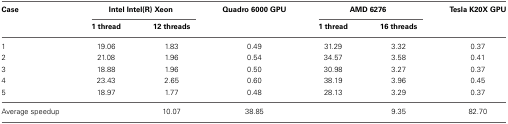
<table><thead><tr><td><b>Case</b></td><td colspan="2"><b>Intel Intel(R) Xeon</b></td><td><b>Quadro 6000 GPU</b></td><td colspan="2"><b>AMD 6276</b></td><td><b>Tesla K20X GPU</b></td></tr><tr><td></td><td><b>1 thread</b></td><td><b>12 threads</b></td><td></td><td><b>1 thread</b></td><td><b>16 threads</b></td><td></td></tr></thead><tbody><tr><td>1</td><td>19.06</td><td>1.83</td><td>0.49</td><td>31.29</td><td>3.32</td><td>0.37</td></tr><tr><td>2</td><td>21.08</td><td>1.96</td><td>0.54</td><td>34.57</td><td>3.58</td><td>0.41</td></tr><tr><td>3</td><td>18.88</td><td>1.96</td><td>0.50</td><td>30.98</td><td>3.27</td><td>0.37</td></tr><tr><td>4</td><td>23.43</td><td>2.65</td><td>0.60</td><td>38.19</td><td>3.96</td><td>0.45</td></tr><tr><td>5</td><td>18.97</td><td>1.77</td><td>0.48</td><td>28.13</td><td>3.29</td><td>0.37</td></tr><tr><td>Average speedup</td><td></td><td>10.07</td><td>38.85</td><td></td><td>9.35</td><td>82.70</td></tr></tbody></table>